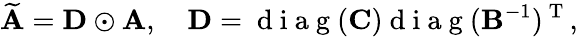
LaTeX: \widetilde{\mathbf A}={\mathbf D}\odot{\mathbf A},\quad{\mathbf D}=\mathrm{~d~i~a~g~}({\mathbf C})\mathrm{~d~i~a~g~}({\mathbf B}^{-1})^{\mathrm{~T~}},